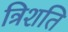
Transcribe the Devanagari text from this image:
त्रिशति